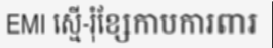
EMI ស្មើ-រុំខ្សែកាបការពារ